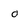
Character: 0